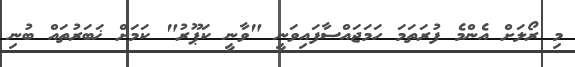
މި ރޯލަށް އެންމެ ފުރަތަމަ ހަމަޖައްސާފައިވަނީ "ވާނީ ކަޕޫރު" ކަމަށް ޚަބަރުތައް ބުނި